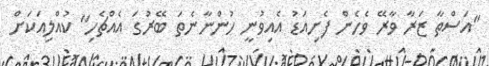
"އަސްތާ ޒަރާ ވާރޭ ވެހެން ފެށިއަޑު އެއިވުނީ ހުންނާނެތަ ބޭރުގަ އެއްޗެހި" ކުއްލިއަކަށް